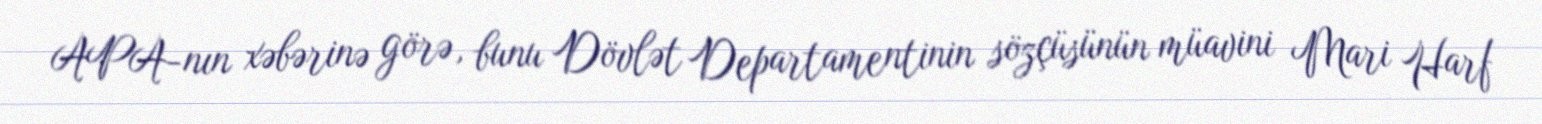
APA-nın xəbərinə görə, bunu Dövlət Departamentinin sözçüsünün müavini Mari Harf